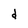
Character: d